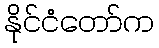
နိုင်ငံတော်က